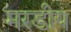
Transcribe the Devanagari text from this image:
मरडीय